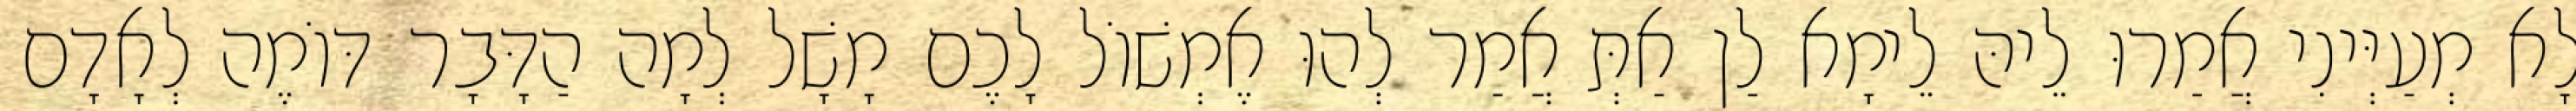
לָא מְעַיְּינִי אֲמַרוּ לֵיהּ לֵימָא לַן אַתְּ אֲמַר לְהוּ אֶמְשׁוֹל לָכֶם מָשָׁל לְמָה הַדָּבָר דּוֹמֶה לְאָדָם